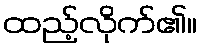
ထည့်လိုက်၏။